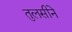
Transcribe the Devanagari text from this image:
तुलसीने